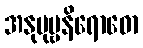
အနုပုဗ္ဗနိရောဓော